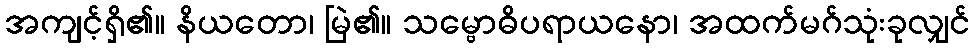
အကျင့်ရှိ၏။ နိယတော၊ မြဲ၏။ သမ္ဗောဓိပရာယနော၊ အထက်မဂ်သုံးခုလျှင်